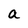
Character: a